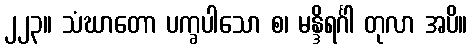
၂၂၃။ သံဃာတော ပက္ခပါသော စ၊ မန္ဒိရင်္ဂါ တုလာ အပိ။